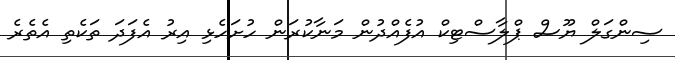
ސިންގަލް ޔޫސް ޕްލާސްޓިކް އުފެއްދުން މަނާކުރަން ހުށަހެޅި އިރު އެފަދަ ތަކެތި އެތެރެ